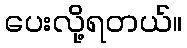
ပေးလို့ရတယ်။